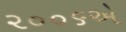
૨૦૦૬એ